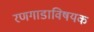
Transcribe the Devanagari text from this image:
रणगाडाविषयक